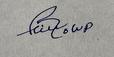
Signature authenticity: forged